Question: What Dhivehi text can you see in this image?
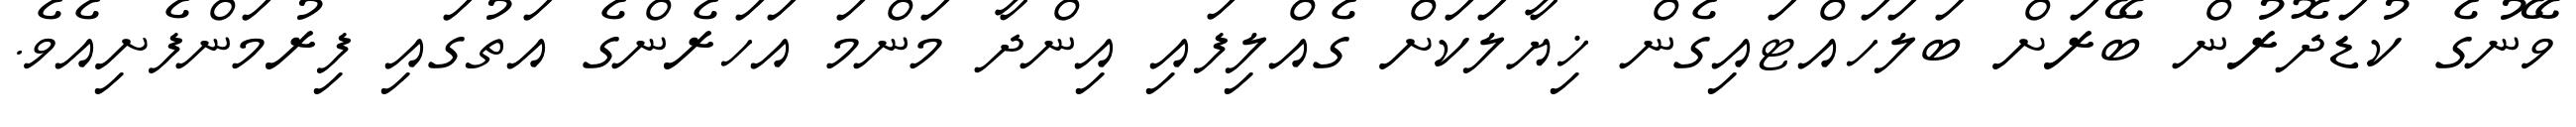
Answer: ވޭނުގެ ކުޑަދޮރުން ބޭރަށް ބަލަހައްޓައިގެން ޚިޔާލަކަށް ގެއްލިފައި އިންދާ މަންމަ އަހަރެންގެ އަތުގައި ފިރުމަންފެށިއެވެ.